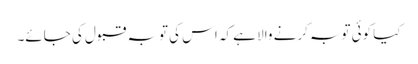
کیا کوئی توبہ کرنے والا ہے کہ اس کی توبہ قبول کی جائے۔